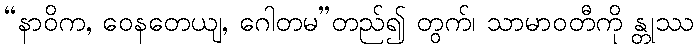
“နာဝိက, ဝေနတေယျ, ဂေါတမ”တည်၍ တွက်၊ သာမာဝတီကို န္တုဿ